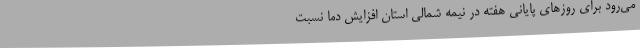
می‌رود برای روزهای پایانی هفته در نیمه شمالی استان افزایش دما نسبت